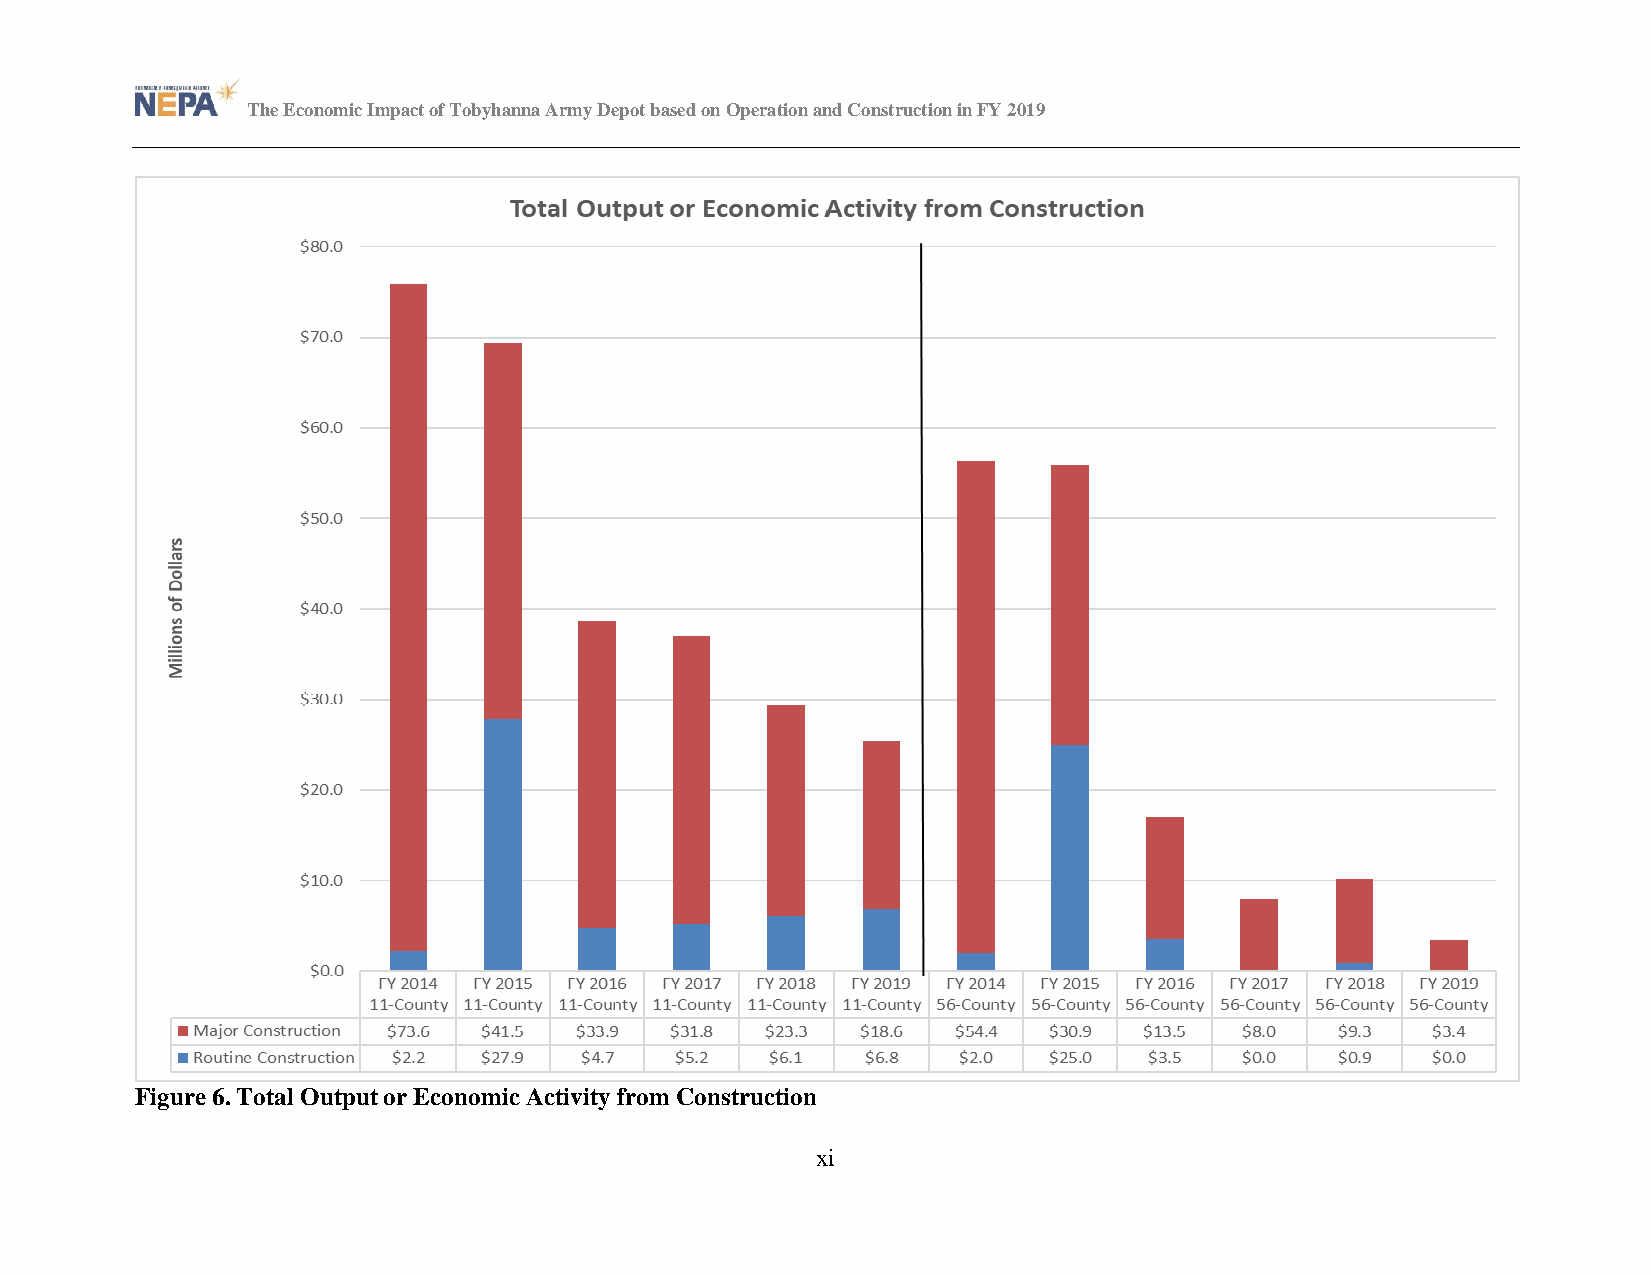
The Economic Impact of Tobyhanna Army Depot based on Operation and Construction in FY 2019
 Figure 6. Total Output or Economic Activity from Construction
 xi